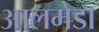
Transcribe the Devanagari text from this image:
आलमेडा